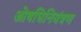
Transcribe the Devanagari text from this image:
ओषधिनियंत्रण